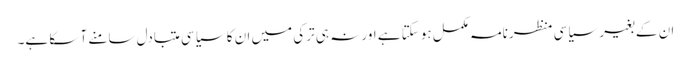
ان کے بغیر سیاسی منظرنامہ مکمل ہوسکتا ہے اور نہ ہی ترکی میں ان کا سیاسی متبادل سامنے آ سکا ہے۔